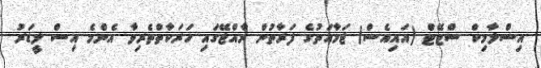
އިސްލާމިކް ސްޓޭޓް (އައިއެސް) ޖަމާއަތުގެ ފަރާތުން ރާއްޖޭގައި ހަރަކާތްތެރިވާ އެންމެ އިސް ލީޑަރު